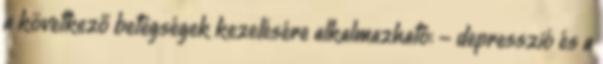
a következő betegségek kezelésére alkalmazható: - depresszió és a